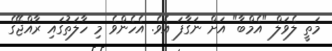
މަތީ ލެވަލް "އެމްބާ" އަށް ނަގާފަ އެވެ. އެހެންވެ މި ހާލަތުގައި ރާއްޖޭގެ